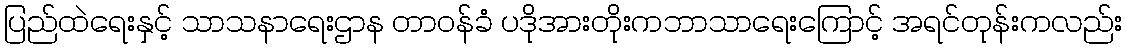
ပြည်ထဲရေးနှင့် သာသနာရေးဌာန တာဝန်ခံ ပဒိုအားတိုးကဘာသာရေးကြောင့် အရင်တုန်းကလည်း